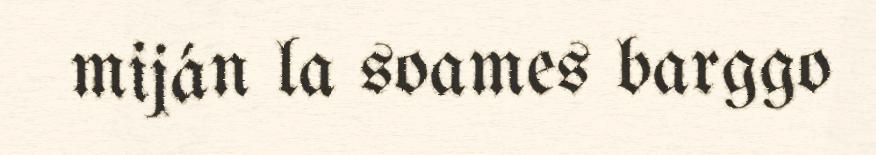
miján la soames barggo